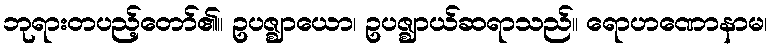
ဘုရားတပည့်တော်၏။ ဥပဇ္ဈာယော၊ ဥပဇ္ဈာယ်ဆရာသည်။ ရောဟဏောနာမ၊